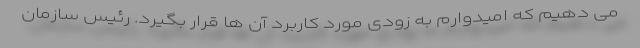
می دهیم که امیدوارم به زودی مورد کاربرد آن ها قرار بگیرد. رئیس سازمان